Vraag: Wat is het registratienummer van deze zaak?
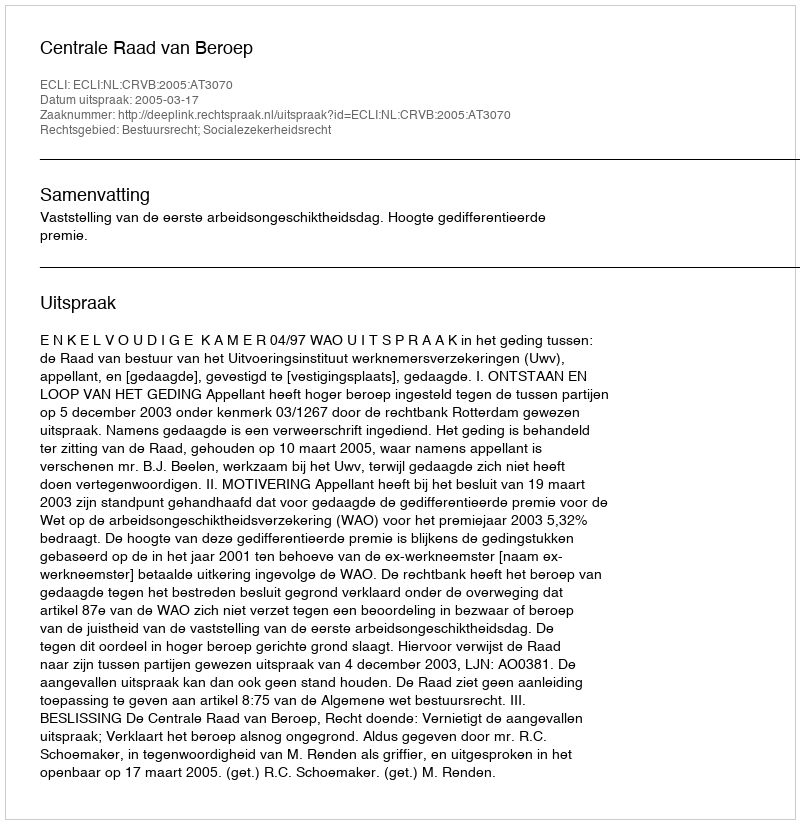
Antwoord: http://deeplink.rechtspraak.nl/uitspraak?id=ECLI:NL:CRVB:2005:AT3070